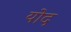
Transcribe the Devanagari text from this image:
योद